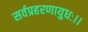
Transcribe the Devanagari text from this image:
सर्वप्रहरणायुधः।।